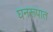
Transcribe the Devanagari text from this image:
घनरूपात